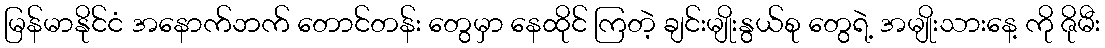
မြန်မာနိုင်ငံ အနောက်ဘက် တောင်တန်း တွေမှာ နေထိုင် ကြတဲ့ ချင်းမျိုးနွယ်စု တွေရဲ့ အမျိုးသားနေ့ ကို ဇိုမီး